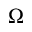
\Omega